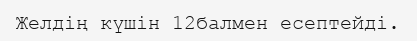
Желдің күшін 12балмен есептейді.